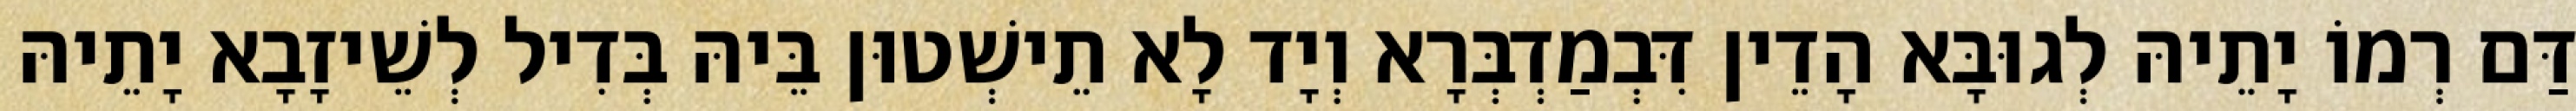
דַּם רְמוֹ יָתֵיהּ לְגוּבָּא הָדֵין דִּבְמַדְבְּרָא וְיָד לָא תֵישְׁטוּן בֵּיהּ בְּדִיל לְשֵׁיזָבָא יָתֵיהּ